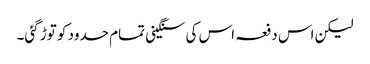
لیکن اس دفعہ اس کی سنگینی تمام حدود کو توڑ گئی۔